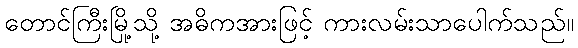
တောင်ကြီးမြို့သို့ အဓိကအားဖြင့် ကားလမ်းသာပေါက်သည်။